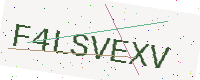
Text: F4LSVEXV